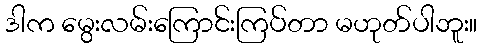
ဒါက မွေးလမ်းကြောင်းကြပ်တာ မဟုတ်ပါဘူး။